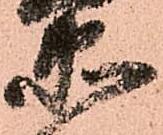
衛